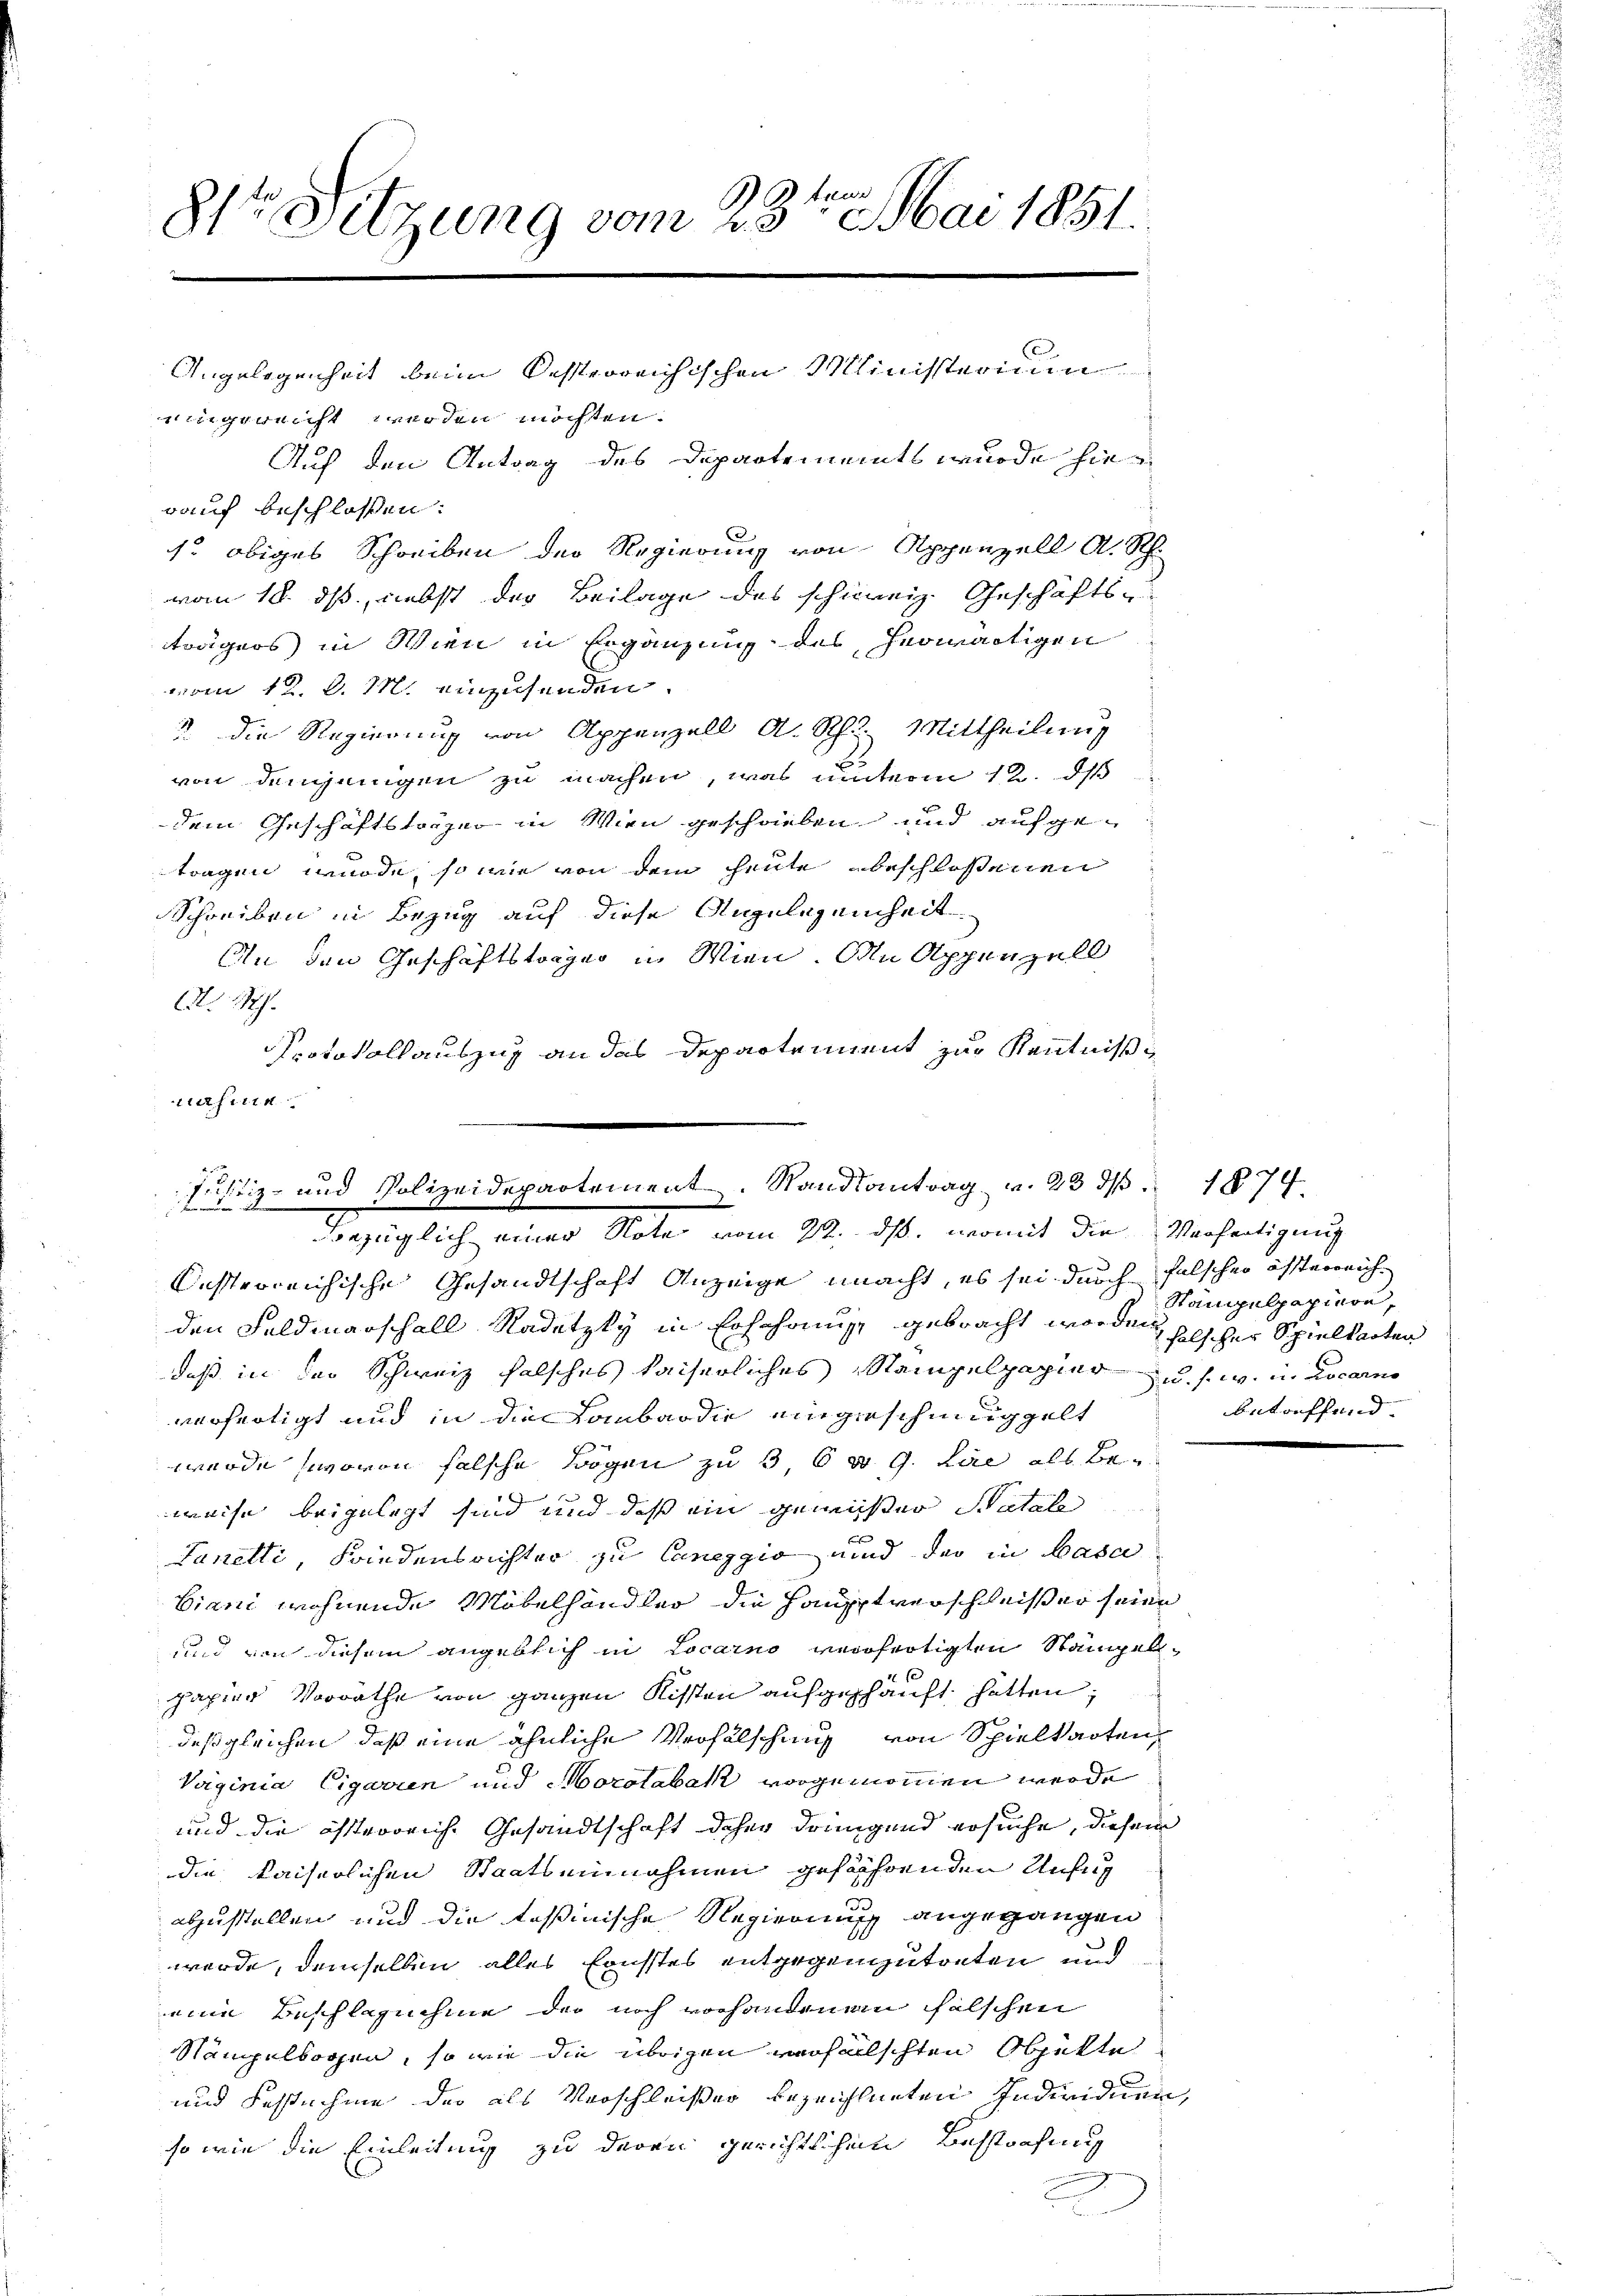
teur
8te Sitzung vom 23. Mai 1851.

Angelegenheit beim Kosterreichischen Ministerium

ningereicht werden möchten.
Auch den Antrag des Departements wurde hierauf beschloßen:
s. obiges Schreiben der Regierung von Appenzell A. Rh.
vom 18. ds, liebst der Beilage des schweiz. Geschäftsträgers in Wien in Ergänzung des herwärtigen
vom 12. d. M. einzusenden.
 Die Regierung von Appenzell A. Rh. Mittheilung
von denjenigen zu machen, was unterm 12. ds
dem Geschäftsträger in Wien geschrieben und aufgetragen müde, so wie von dem heute beschlossenen
Schreiben in Bezug auf diese Angelegenheit
An den Geschäftstage in Wien. An Appenzell
A. h.
Protokollauszug an das Departement zur Kenntniß
2
nahmen

x
e
Justiz- und Polizeidepartement. Standtantrag u. 23 d. 1874.
Bezüglich einer Note vom 22. ds, womit die Verfertigung

festerreichische Gesandtschaft Anzeige macht, es sei durch falscher öfftereich
den Feldmarschall Radetzky in Erfahrung, gebracht worden solcher Spielkarten
daß in der Schweiz falsches kaiserliches Stampelpapier zu s. w. in Locarno
verfertigt und in die Lombardie eingeschindig gelt
wurde, wovon falsche Bogen zu 3, 6 n 9. Lire als Be¬
1
weise beigelegt sind und daß ein gewißer Patale
u
Lanelli, Friedensrichter zu Caneggio und der in Base
biani wohnende Möbelhändler die Hauptverschleißer seine
und von diesem angeblich in Locarno verfertigten Stampelpapier Vorräthe von ganzen Kisten aufgeschauft hatten;
deßgleichen, daß eine ähnliche Verfalschung von Spielkarten,
Vaginia Cigarren und Mocotabak vorgenommen werde
und die österreich. Gesandtschaft daher dringend ersuche, diesem
die kaiserlichen Staatseinnahmen gefährenden Unfug
abzustellen und die tessinische Regierung angegangen
werde, demselben alles Ernstes entgegenzutreten und
eine Beschlosschme der noch vorhandenem falschen
Stämpelbogen, so wie die übrigen verfallschten Objekte
und Fastnehme der als Verschleißer bezeichneten Individuen,
so wie die Einleitung zu deren gerichtschen Bestrafung

Stampelpapiere,
betreffend |